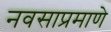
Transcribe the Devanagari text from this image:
नवसाप्रमाणे